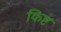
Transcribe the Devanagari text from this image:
किष्ट